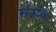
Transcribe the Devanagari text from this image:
नगरिकों